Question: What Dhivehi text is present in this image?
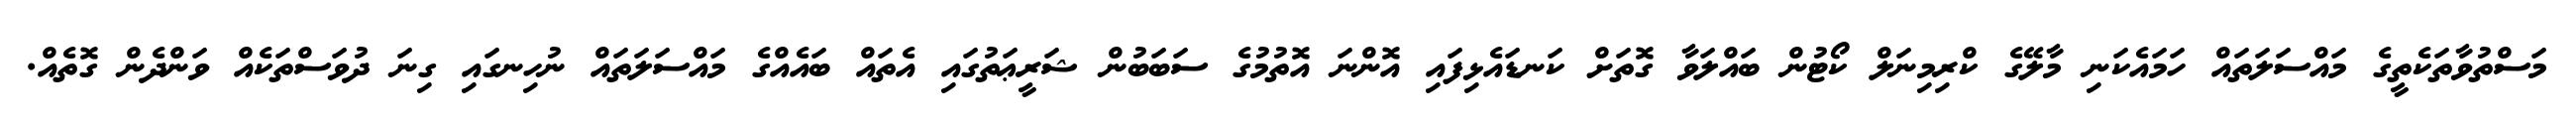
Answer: މަސްތުވާތަކެތީގެ މައްސަލަތައް ހަމައެކަނި މާލޭގެ ކްރިމިނަލް ކޯޓުން ބައްލަވާ ގޮތަށް ކަނޑައެޅިފައި އޮންނަ އޮތުމުގެ ސަބަބުން ޝަރީޢަތުގައި އެތައް ބައެއްގެ މައްސަލަތައް ނުހިނގައި ގިނަ ދުވަސްތަކެއް ވަންދެން ގޮތެއް.